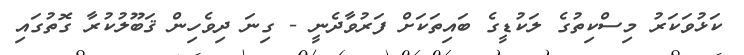
ކަޅުވަކަރު މިސްކިތުގެ ލަކުޑީގެ ބައިތަކަށް ފަރުވާދެނީ - ގިނަ ދިވެހިން ޤަބޫލުކުރާ ގޮތުގައި